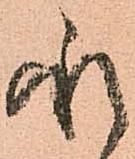
承